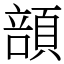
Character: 䫓